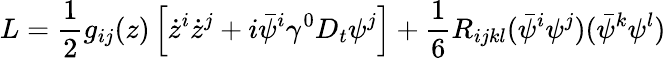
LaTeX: L={\frac{1}{2}}g_{ij}(z)\left[\dot{z}^{i}\dot{z}^{j}+i\bar{\psi}^{i}\gamma^{0}D_{t}\psi^{j}\right]+{\frac{1}{6}}R_{ijkl}(\bar{\psi}^{i}\psi^{j})(\bar{\psi}^{k}\psi^{l})